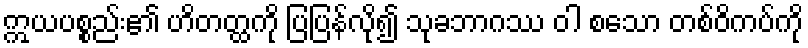
ဣယပစ္စည်း၏ ဟိတတ္ထကို ပြပြန်လို၍ သုခဘာဂဿ ဝါ စသော တစ်ဝိကပ်ကို